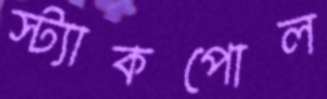
স্ট্যাকপোল